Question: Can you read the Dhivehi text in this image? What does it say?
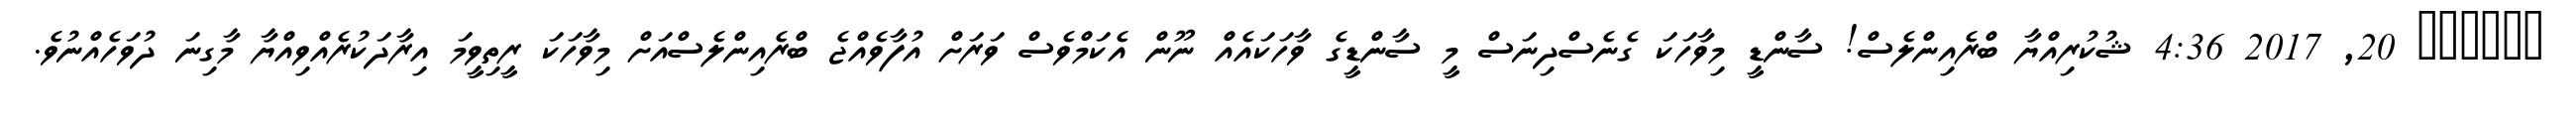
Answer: ?????? 20, 2017 4:36 ޝުކުރިއްޔާ ބްރެއިންލެސް! ސާންޑީ މިވާހަކަ ގެނެސްދިނަސް މީ ސާންޑީގެ ވާހަކައެއް ނޫން އެކަމްވެސް ވަރަށް އުފާވެއްޖެ ބްރެއިންލެސްއަށް މިވާހަކަ ރީތިވީމަ އިރާދަކުރެއްވިއްޔާ މާގިނަ ދުވަހެއްނުވެ.